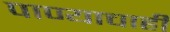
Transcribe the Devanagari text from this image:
पाण्‍याचाही